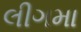
લીગમા